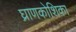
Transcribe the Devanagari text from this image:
घ्राणकोशिका